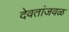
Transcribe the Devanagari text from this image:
देवतांजवळ